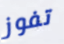
تفوز